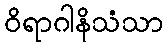
ဝိရာဂါနိသံသာ